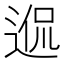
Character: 𨓲